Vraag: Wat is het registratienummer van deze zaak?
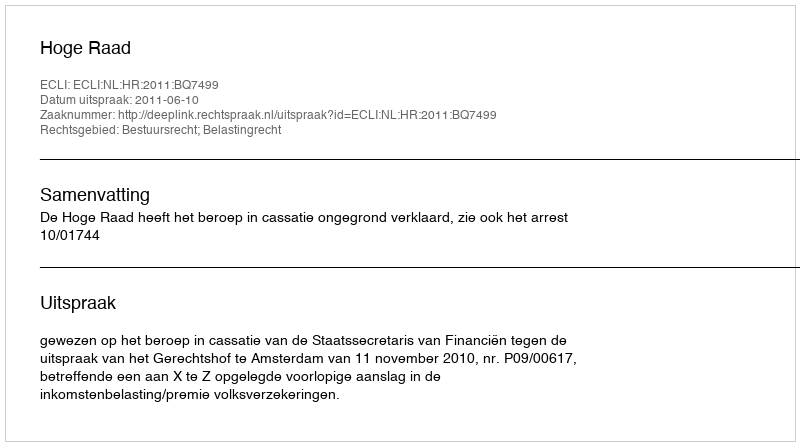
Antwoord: http://deeplink.rechtspraak.nl/uitspraak?id=ECLI:NL:HR:2011:BQ7499